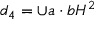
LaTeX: d _ { 4 } = \cup a \cdot b H ^ { 2 }